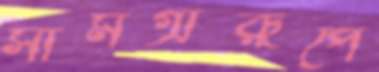
সামগ্রীরূপে